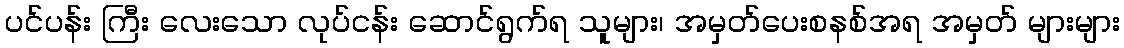
ပင်ပန်း ကြီး လေးသော လုပ်ငန်း ဆောင်ရွက်ရ သူများ၊ အမှတ်ပေးစနစ်အရ အမှတ် များများ